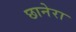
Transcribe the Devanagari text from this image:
छानेरा